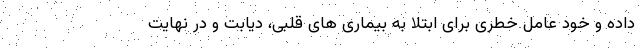
داده و خود عامل خطری برای ابتلا به بیماری های قلبی، دیابت و در نهایت